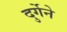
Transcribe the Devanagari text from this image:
दुर्गेने